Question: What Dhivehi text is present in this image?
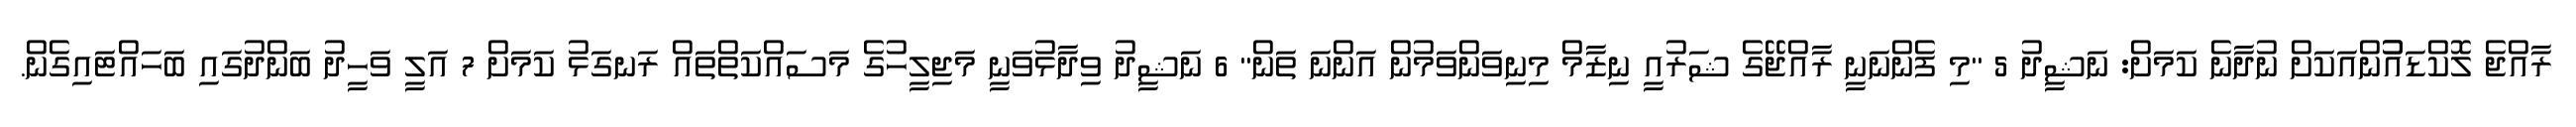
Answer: ރާއްޖެ ލޮކްޑައުުންއަކަށް ނުދާނެ ކަމަށް: ނަޝީދު 5 "މި ފެންނަނީ ރާއްޖޭގެ ޝަރުއީ ނިޒާމް މިނިވަންވަމުން އަންނަ ތަން" 6 ނަޝީދު ވިދާޅުވަނީ މަޖިލީހުގެ މަސައްކަތްތައް ރަނގަޅު ކަމަށް 7 އަލީ ވަހީދު ބަންދުގައި ބަހައްޓައިގެން.